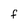
Character: f